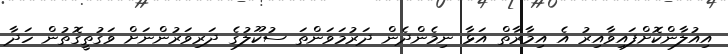
އިއުލާންކޮށްފައިވާއިރު އެ އިމާރާތް އަޅާ ނިމެންދެން ދަރުމަވަންތަ ސުކޫލުގެ ދަރިވަރުންނަަށް ވަގުތީގޮތުން ހަދާ